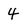
Character: 4